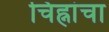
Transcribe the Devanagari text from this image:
चिह्नांचा